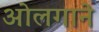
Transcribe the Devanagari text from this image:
ओलगाने